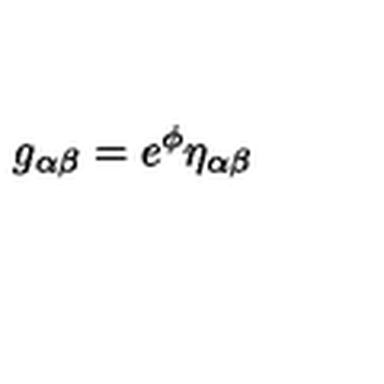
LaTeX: g _ { \alpha \beta } = e ^ { \phi } \eta _ { \alpha \beta }